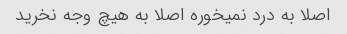
اصلا به درد نمیخوره اصلا به هیچ وجه نخرید